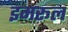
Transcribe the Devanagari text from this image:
इमरूल